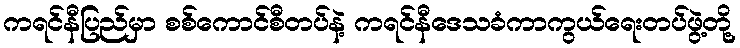
ကရင်နီပြည်မှာ စစ်ကောင်စီတပ်နဲ့ ကရင်နီဒေသခံကာကွယ်ရေးတပ်ဖွဲ့တို့